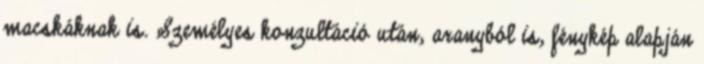
macskáknak is. Személyes konzultáció után, aranyból is, fénykép alapján